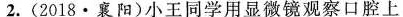
2.(2018·襄阳)小王同学用显微镜观察口腔上